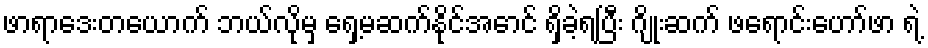
ဖာရာဒေးတယောက် ဘယ်လိုမှ ရှေ့မဆက်နိုင်အောင် ရှိခဲ့ရပြီး ဂျိုးဆက် ဖရောင်းဟော်ဖာ ရဲ့